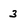
Character: 3